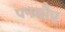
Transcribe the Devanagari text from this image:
पनकौए